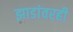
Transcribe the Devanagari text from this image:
झाडांवरही